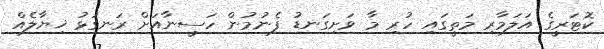
ކޮޓަރީގެ އަލަމާރި މަތީގައި ހުރި މާ ވަށިގަނޑު ފެނުމުން ހަސީނާއަށް ރަނގަޅު ޚިޔާލެއް